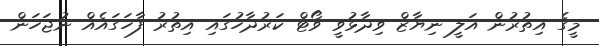
މީގެ އިތުރުން އަލީ ނިޔާޒް ވިދާޅުވީ ވޯޓް ކަރުދާހުގައި އިތުރު ފާހަގައެއް ނުޖަހަން